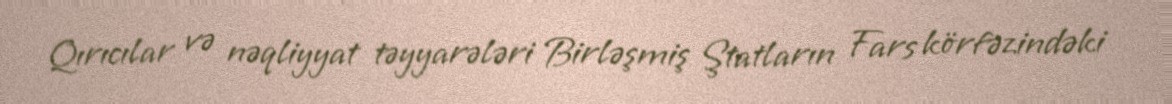
Qırıcılar və nəqliyyat təyyarələri Birləşmiş Ştatların Fars körfəzindəki